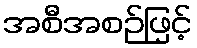
အစီအစဉ်ဖြင့်